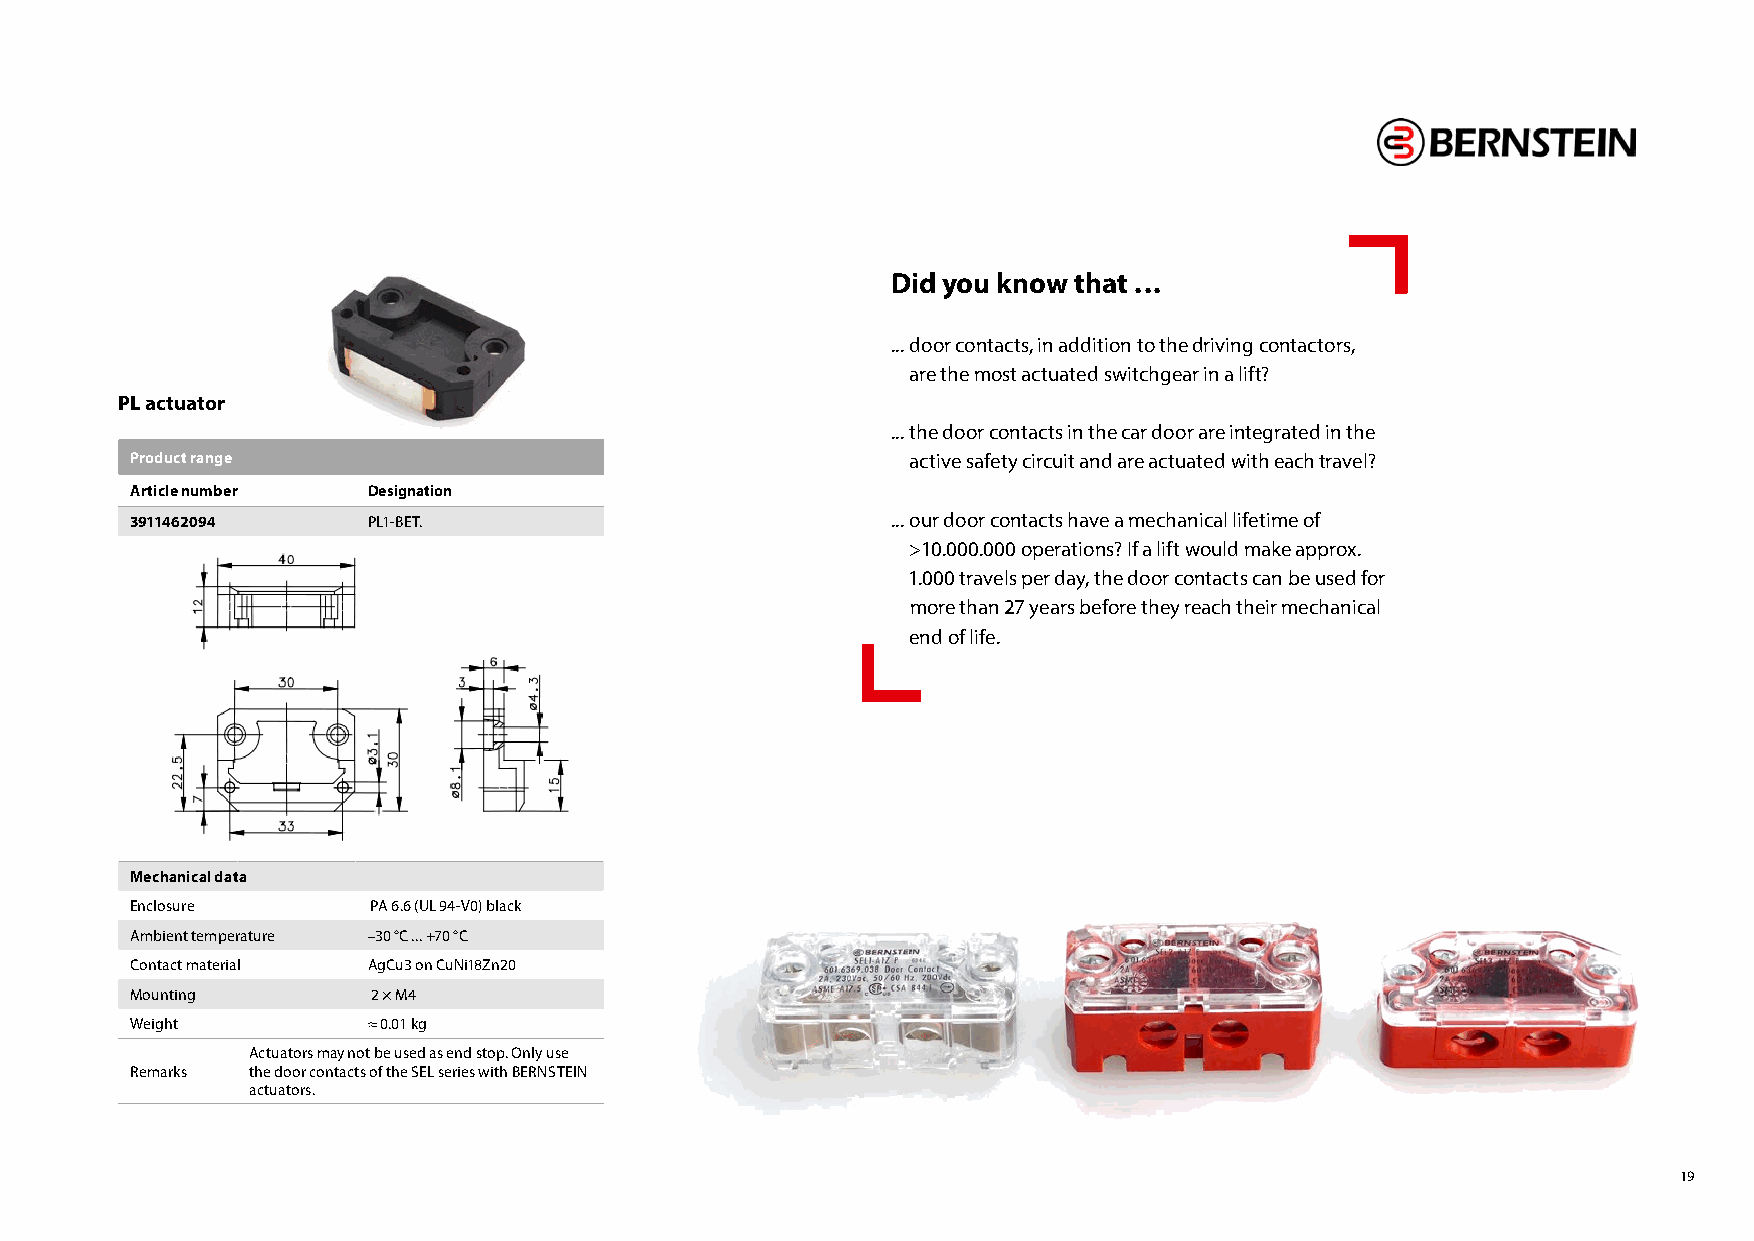
Did you know that ...
 ... door contacts, in addition to the driving contactors,
 are the most actuated switchgear in a lift?
 PL actuator
 ... the door contacts in the car door are integrated in the
 Product range                                      active safety circuit and are actuated with each travel?
 Article number Designation
 3911462094     PL1-BET.                           ... our door contacts have a mechanical lifetime of
 >10.000.000 operations? If a lift would make approx.
 1.000 travels per day, the door contacts can be used for
 more than 27 years before they reach their mechanical
 end of life.
 Mechanical data
 Enclosure       PA 6.6 (UL 94-V0) black
 Ambient temperature –30 °C ... +70 °C
 Contact material AgCu3 on CuNi18Zn20
 Mounting        2 × M4
 Weight         ≈ 0.01 kg
 Actuators may not be used as end stop. Only use
 Remarks the door contacts of the SEL series with BERNSTEIN
 actuators.
 19